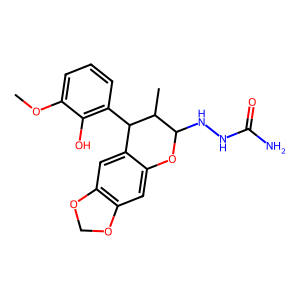
SMILES: COc1cccc(C2c3cc4c(cc3OC(NNC(N)=O)C2C)OCO4)c1O
Inhibits HIV replication: No